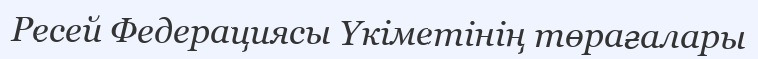
Ресей Федерациясы Үкіметінің төрағалары